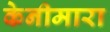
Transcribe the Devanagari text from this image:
केनीमारा